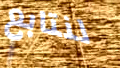
لنتابع